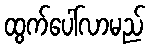
ထွက်ပေါ်လာမည်